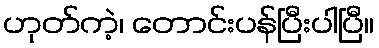
ဟုတ်ကဲ့၊ တောင်းပန်ပြီးပါပြီ။